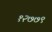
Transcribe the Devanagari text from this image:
१२७७९